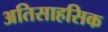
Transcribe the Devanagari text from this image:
अतिसाहसिक